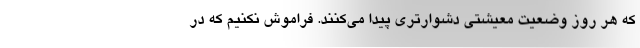
كه هر روز وضعیت معیشتی دشوارتری پیدا می‌كنند. فراموش نكنیم كه در